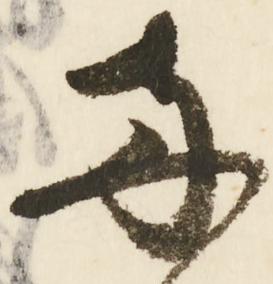
南